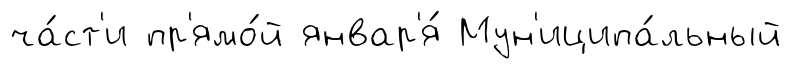
ча́ст'и пр'ямо́й январ'я́ Мун'иципа́льный